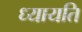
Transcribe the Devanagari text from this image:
ध्यायति